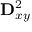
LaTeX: \mathbf { D } _ { x y } ^ { 2 }